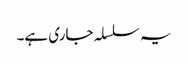
یہ سلسلہ جاری ہے۔